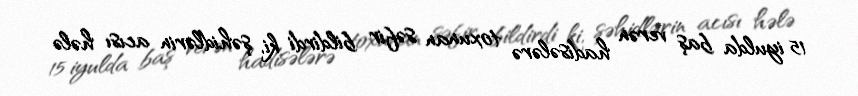
15 iyulda baş verən hadisələrə toxunan səfir bildirdi ki, şəhidlərin acısı hələ